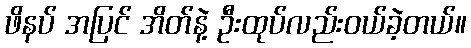
ဖိနပ် အပြင် အိတ်နဲ့ ဦးထုပ်လည်းဝယ်ခဲ့တယ်။